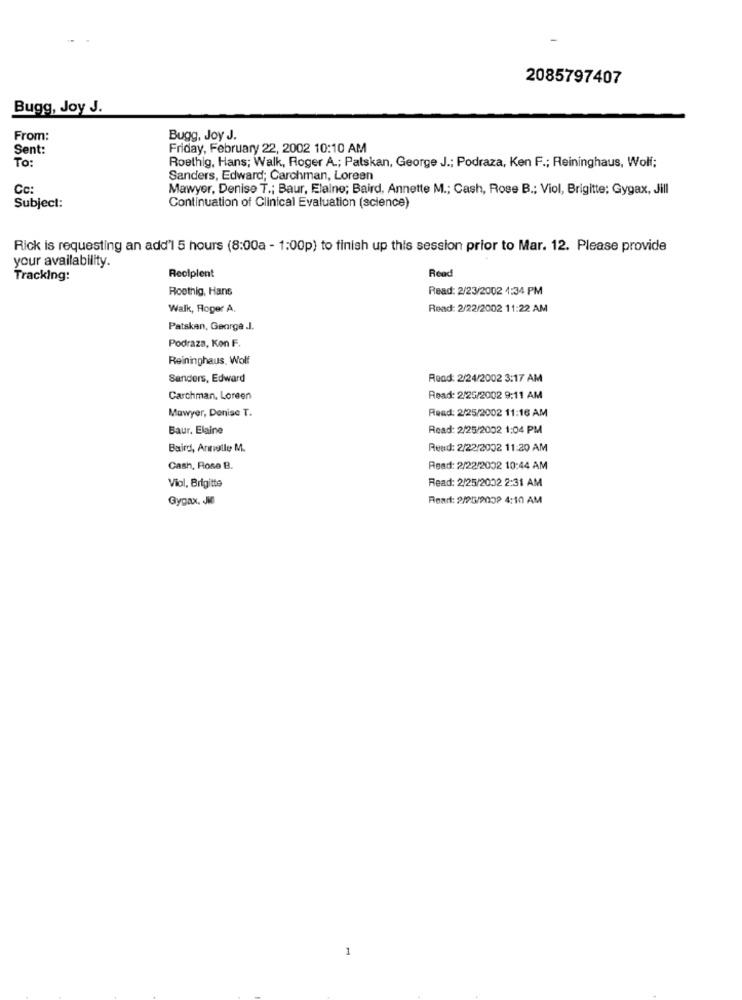
2085797407
Bugg, Joy J.
From:
Bugg, Joy J.
Sent:
Friday, February 22, 2002 10:10 AM
To:
Roethig, Hans; Walk, Roger A .; Patskan, George J .; Podraza, Ken F .; Reininghaus, Wolf;
Sanders, Edward; Carchman, Loreen
Cc:
Mawyer, Denise T .; Baur, Elalne; Baird, Annette M .; Cash, Rose B .; Viol, Brigitte; Gygax, Jill
Subject:
Continuation of Clinical Evaluation (science)
Rick is requesting an add'l 5 hours (8:00a - 1:00p) to finish up this session prior to Mar. 12. Please provide
your availability.
Recipient
Read
Tracking:
Roothig, Hans
Read: 2/23/2002 4:34 PM
Walk, Roger A.
Read: 2/22/2002 11:22 AM
Patskan, George .I.
Podraza, Kon F.
Reininghaus. Wolf
Sanders, Edward
Read: 2/24/2002 3:17 AM
Carchman, Loreen
Read: 2/25/2002 9:11 AM
Mawyer, Denise T.
Read: 2/25/2002 11:16 AM
Baur. Elaine
Read: 2/25/2002 1:04 PM
Baird, Annelle M.
Read: 2/22/2002 11:20 AM
Cash, Rose B.
Read: 2/22/2002 10:44 AM
Read: 2/25/2002 2:31 AM
Viol, Brigitte
Gygax. JM
Reart: 2/25/2009 4:10 AM
1